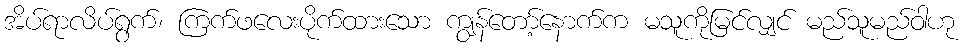
အိပ်ရာလိပ်ရွက်၊ ကြက်ဖလေးပိုက်ထားသော ကျွန်တော့်နောက်က မသူကိုမြင်လျှင် မည်သူမည်ဝါဟု